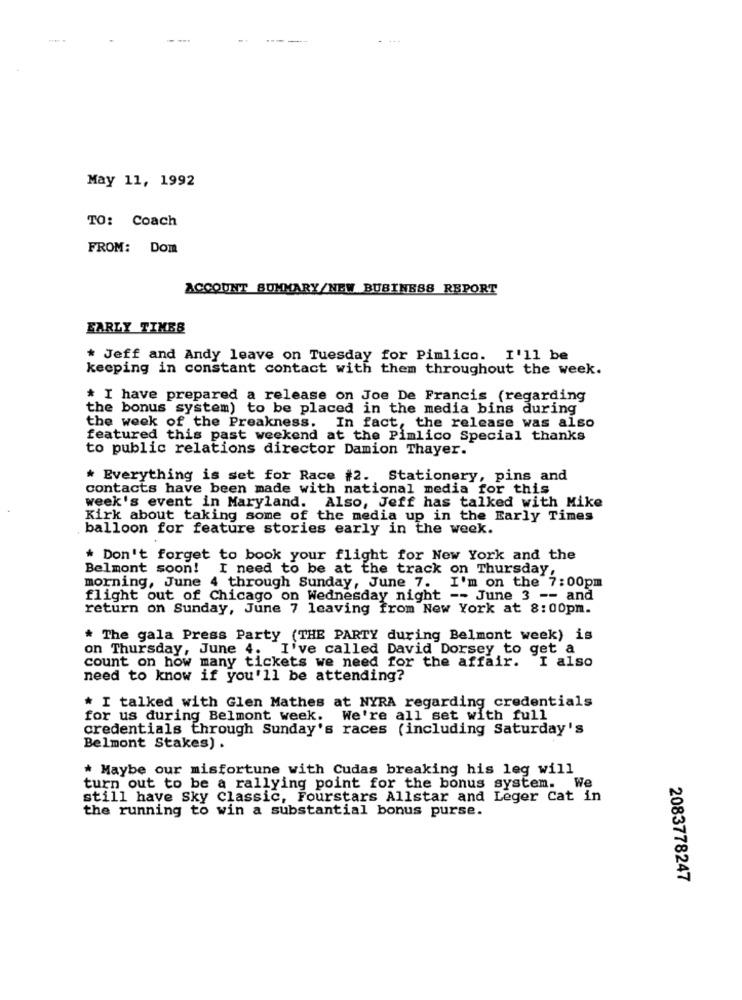
May 11, 1992
TO: Coach
FROM: Dom
ACCOUNT SUMMARY/NEW BUSINESS REPORT
EARLY TIMES
* Jeff and Andy leave on Tuesday for Pimlico. I'll be
keeping in constant contact with them throughout the week.
* I have prepared a release on Joe De Francis (regarding
the bonus system) to be placed in the media bins during
the week of the Preakness. In fact, the release was also
featured this past weekend at the Pimlico Special thanks
to public relations director Damion Thayer.
* Everything is set for Race #2. Stationery, pins and
contacts have been made with national media for this
week's event in Maryland. Also, Jeff has talked with Mike
Kirk about taking some of the media up in the Early Times
balloon for feature stories early in the week.
* Don't forget to book your flight for New York and the
Belmont soon!
I need to be at the track on Thursday,
morning, June 4 through Sunday, June 7. I'm on the 7:00pm
flight out of Chicago on Wednesday night -- June 3 -- and
return on Sunday, June 7 leaving from New York at 8:00pm.
* The gala Press Party (THE PARTY during Belmont week) is
on Thursday, June 4. I've called David Dorsey to get a
count on how many tickets we need for the affair. I also
need to know if you'll be attending?
* I talked with Glen Mathes at NYRA regarding credentials
for us during Belmont week. We're all set with full
credentials through Sunday's races (including Saturday's
Belmont Stakes) .
* Maybe our misfortune with Cudas breaking his leg will
turn out to be a rallying point for the bonus system. We
still have Sky Classic, Fourstars Allstar and Leger Cat in
the running to win a substantial bonus purse.
2083778247